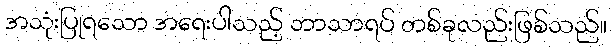
အသုံးပြုရသော အရေးပါသည့် ဘာသာရပ် တစ်ခုလည်းဖြစ်သည်။